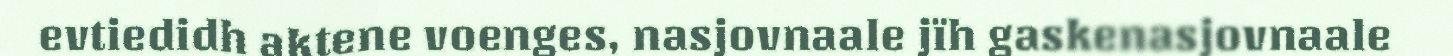
evtiedidh aktene voenges, nasjovnaale jïh gaskenasjovnaale